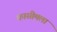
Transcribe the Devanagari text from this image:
कासीमला